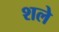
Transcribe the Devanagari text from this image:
शले